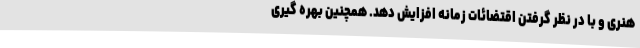
هنری و با در نظر گرفتن اقتضائات زمانه افزایش دهد. همچنین بهره گیری